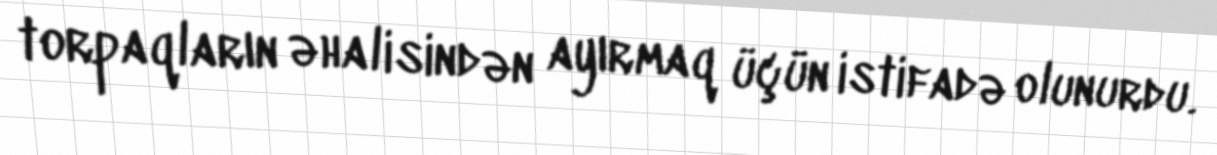
torpaqların əhalisindən ayırmaq üçün istifadə olunurdu.